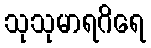
သုသုမာရဂိရေ